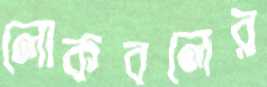
লোকবলের